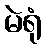
မဲရုံ